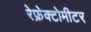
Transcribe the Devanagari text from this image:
रेफ्रेक्टोमीटर